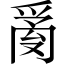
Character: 𤔔